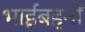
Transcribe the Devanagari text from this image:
भाईबहनों